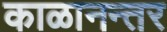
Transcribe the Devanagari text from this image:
काळानन्तर